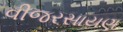
વીજરસાયણ